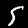
Label: 5